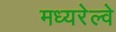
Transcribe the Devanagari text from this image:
मध्यरेल्वे